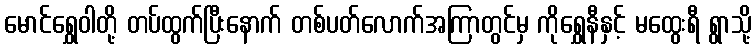
မောင်ရွှေဝါတို့ တပ်ထွက်ပြီးနောက် တစ်ပတ်လောက်အကြာတွင်မှ ကိုရွှေနီနှင့် မထွေးရီ ရွာသို့